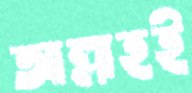
আল্লাহই